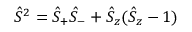
\hat { S } ^ { 2 } = \hat { S } _ { + } \hat { S } _ { - } + \hat { S } _ { z } ( \hat { S } _ { z } - 1 )